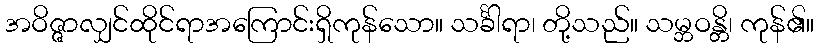
အဝိဇ္ဇာလျှင်ထိုင်ရာအကြောင်းရှိကုန်သော။ သင်္ခါရာ၊ တို့သည်။ သမ္ဘဝန္တိ၊ ကုန်၏။